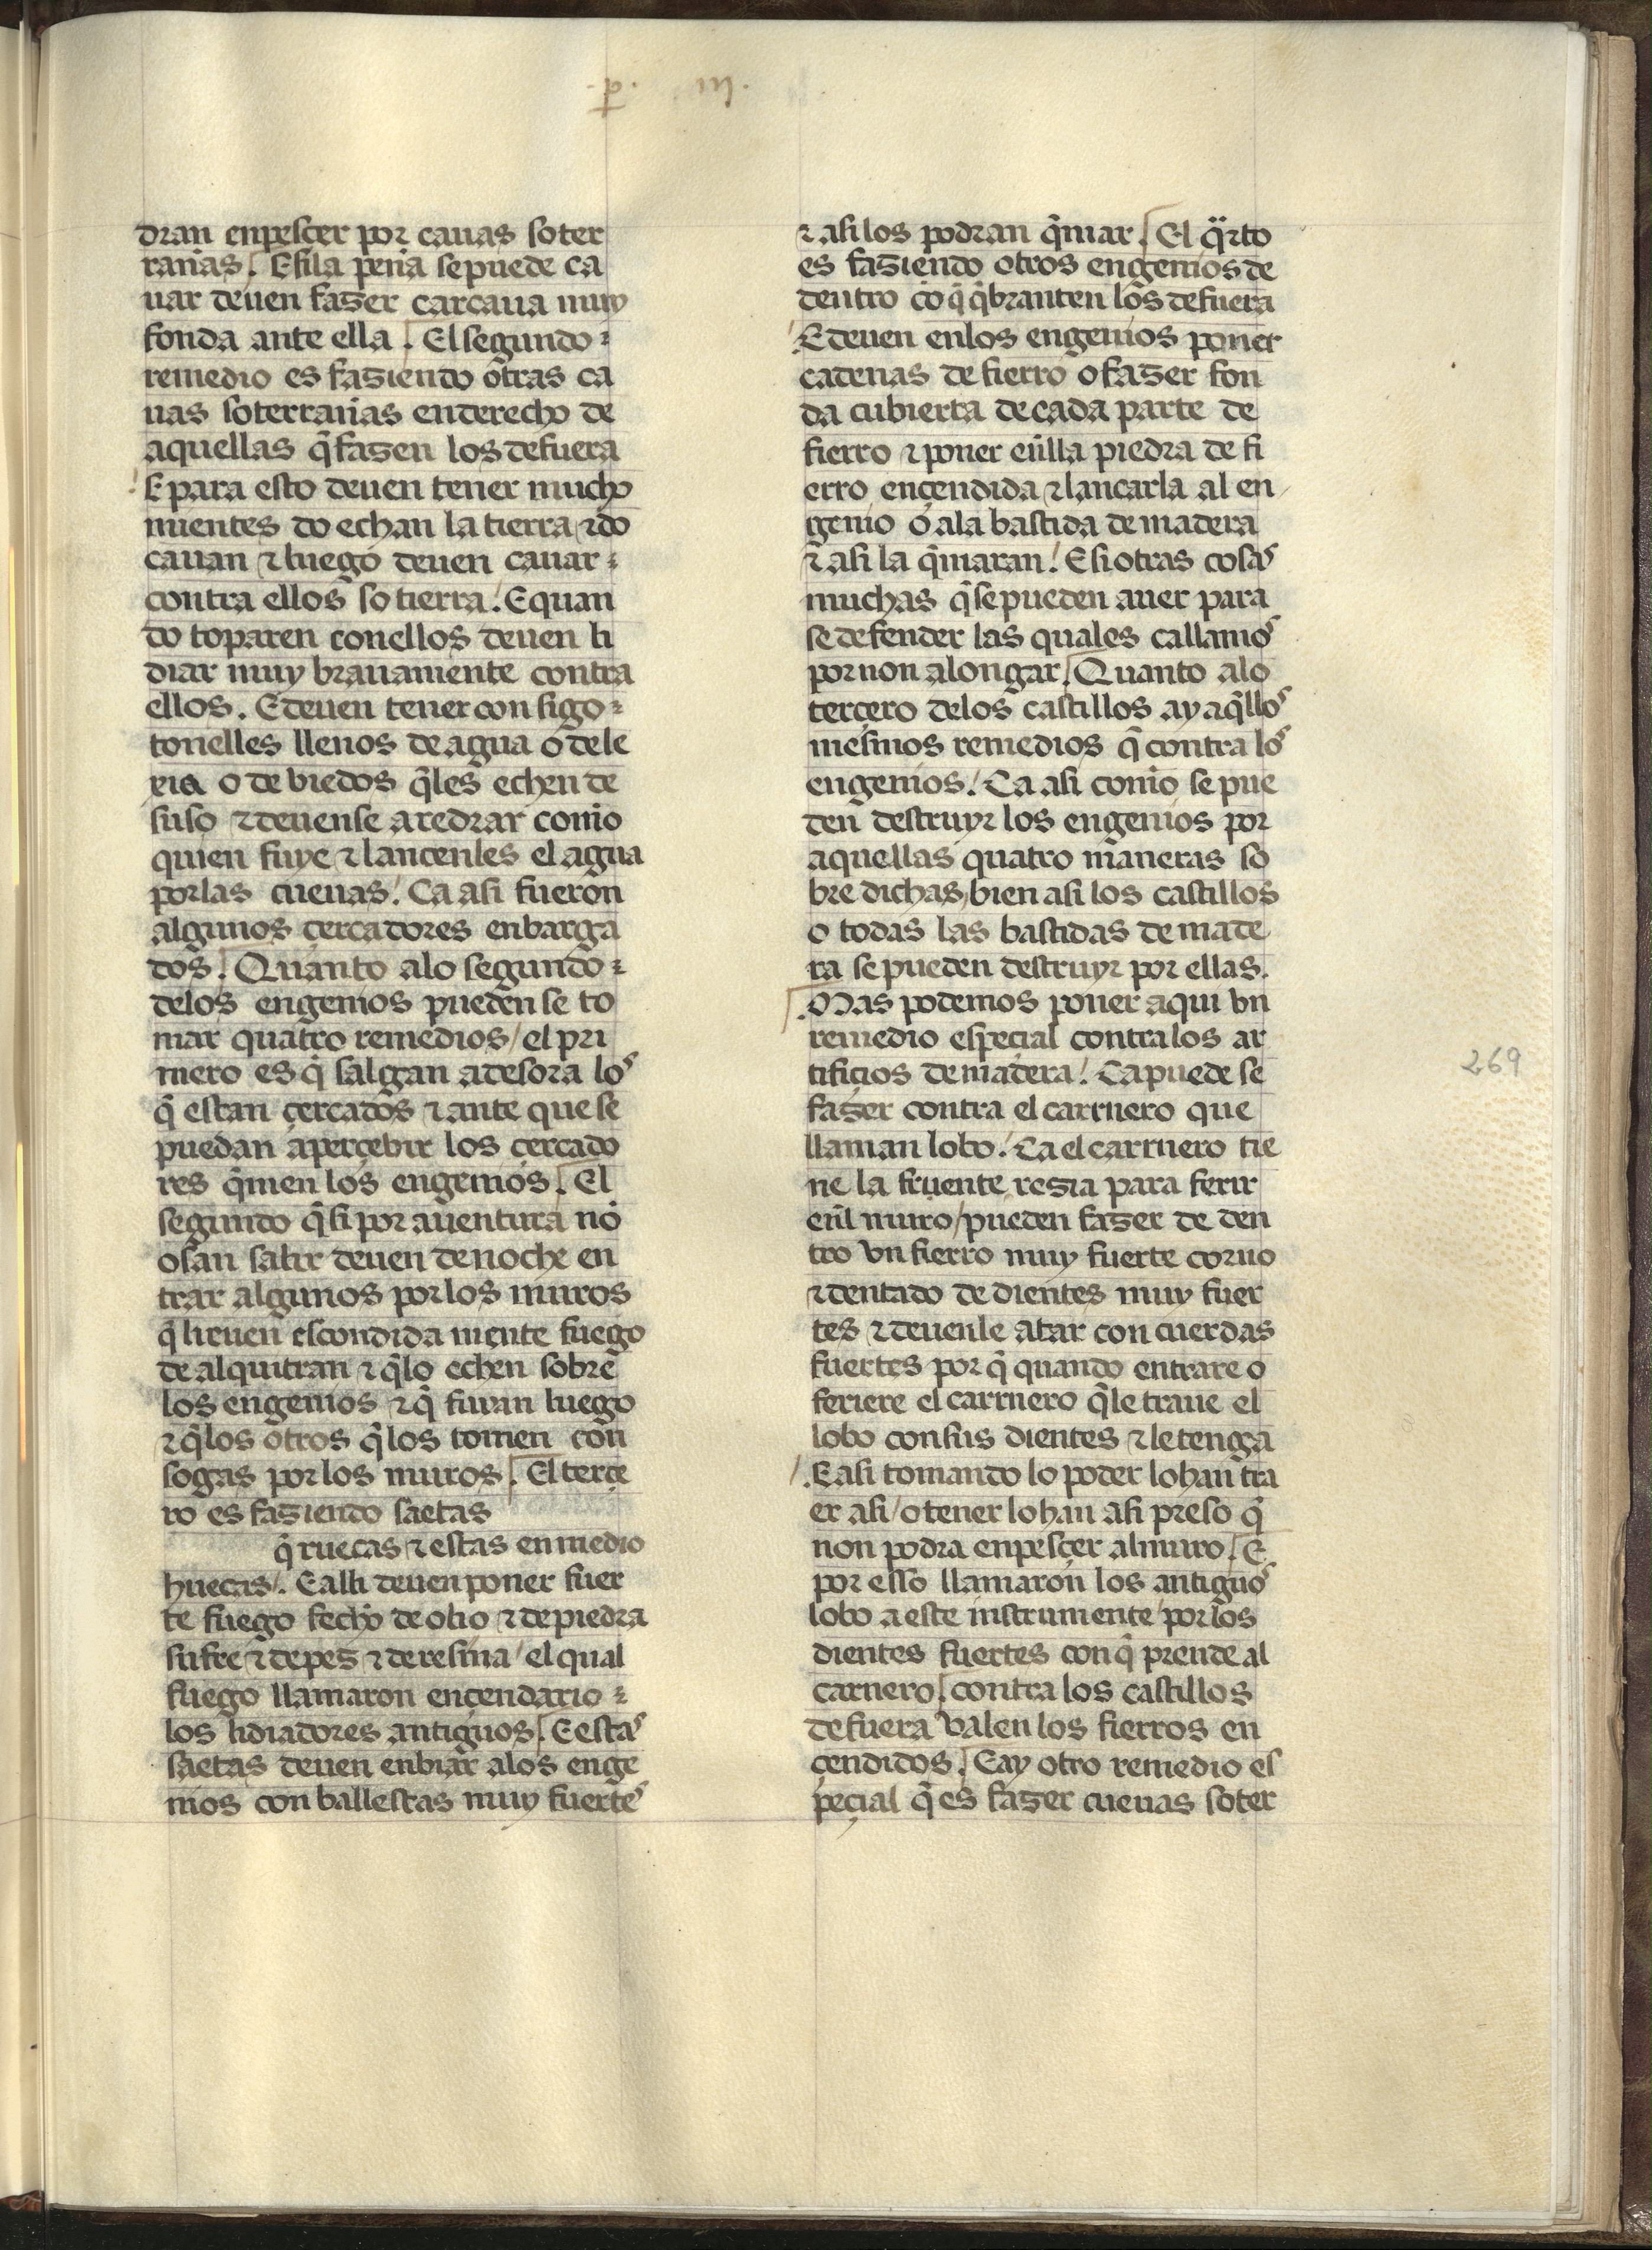
Shelfmark: Madrid, Fundación Lázaro Galdiano, mss 289
Century: 15